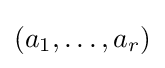
(a_{1},\ldots ,a_{r})